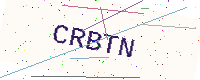
Text: CRBTN